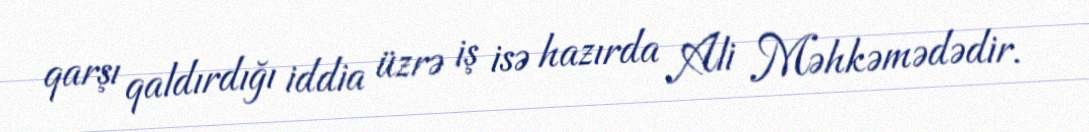
qarşı qaldırdığı iddia üzrə iş isə hazırda Ali Məhkəmədədir.